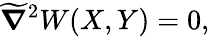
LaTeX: \widetilde{\boldsymbol{\nabla}}\vphantom{\nabla}^{2}W(X,Y)=0,